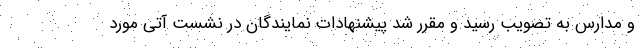
و مدارس به تصویب رسید و مقرر شد پیشنهادات نمایندگان در نشست آتی مورد